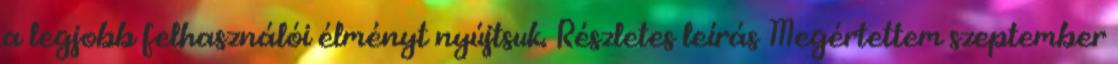
a legjobb felhasználói élményt nyújtsuk. Részletes leírás Megértettem szeptember